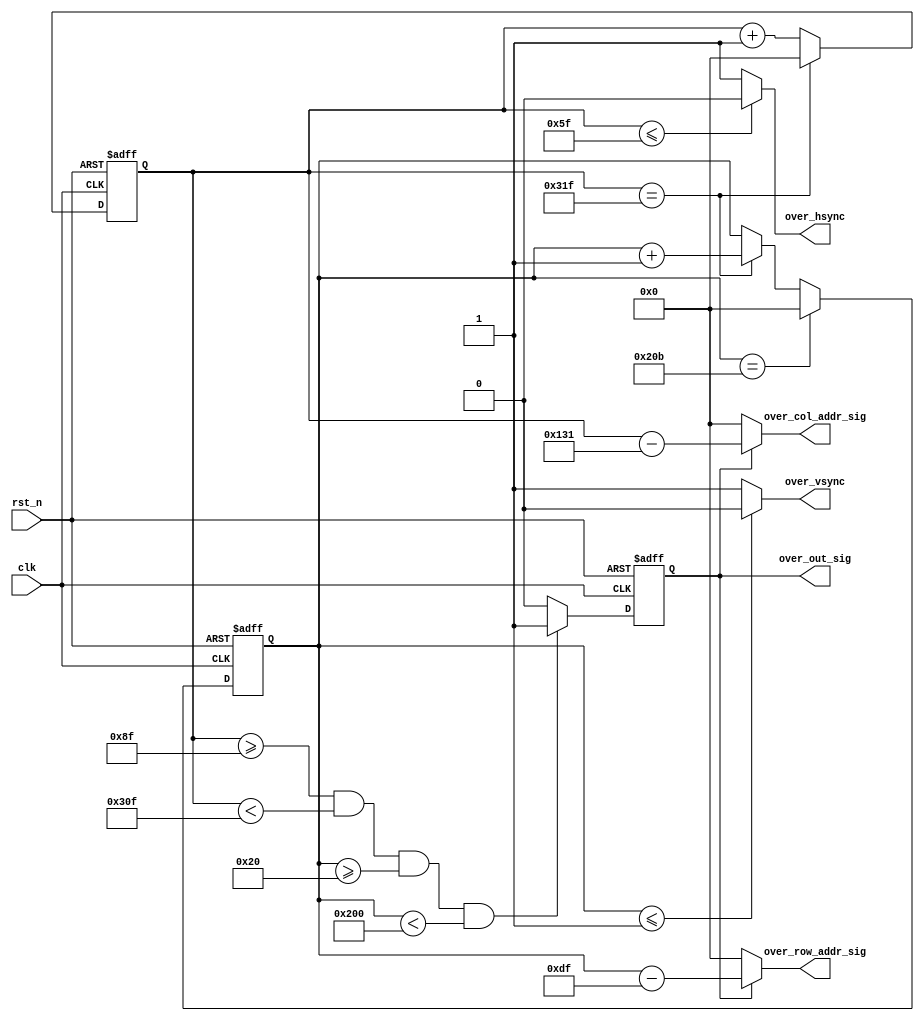
`timescale 1ns / 1ps
//////////////////////////////////////////////////////////////////////////////////
// Company: 
// Engineer: 
// 
// Design Name: 
// Module Name:    over_sync_module 
// Project Name: 
// Target Devices: 
// Tool versions: 
// Description: 
//
// Dependencies: 
//
// Revision: 
// Revision 0.01 - File Created
// Additional Comments: 
//
//////////////////////////////////////////////////////////////////////////////////
module over_sync_module
 (clk, rst_n, over_col_addr_sig, over_row_addr_sig, over_hsync, over_vsync, over_out_sig
 );
 input clk;
 input rst_n;
 output[10:0] over_col_addr_sig;
 output[10:0] over_row_addr_sig;
 output over_hsync;
 output over_vsync;
 output over_out_sig;
 
 /**************************************************/
 
 reg[10:0] cnt_h;
 
 always @ ( posedge clk or negedge rst_n )
   begin
     if( !rst_n )
        cnt_h <= 11'd0;
     else if( cnt_h == 11'd799 )
        cnt_h <= 11'd0;
     else cnt_h <= cnt_h + 1'b1;
   end
   
 /**************************************************/   
         
 reg[10:0] cnt_v;
 
 always @ ( posedge clk or negedge rst_n )
   begin  
     if( !rst_n )
       cnt_v <= 11'd0;
     else if( cnt_v == 11'd523 )
       cnt_v <= 11'd0;
     else if( cnt_h == 11'd799 )
       cnt_v <= cnt_v + 1'b1;
   end 
   
 /**************************************************/
 
 reg isready;
 
 always @ ( posedge clk or negedge rst_n )
   begin
     if( !rst_n )
        isready <= 1'b0;
     else if(cnt_h >= 11'd143 && cnt_h < 11'd783 && cnt_v >= 11'd32 && cnt_v < 11'd512 )
        isready <= 1'b1;
     else isready <= 1'b0;
   end
   
 /**************************************************/
 
 assign over_hsync = ( cnt_h <= 11'd95) ? 1'b0 : 1'b1;
 assign over_vsync = ( cnt_v <= 11'd1 ) ? 1'b0 : 1'b1;
 assign over_col_addr_sig = isready ? ( cnt_h - 11'd305) : 11'd0;
 assign over_row_addr_sig = isready ? ( cnt_v - 11'd223 ) : 11'd0;
 assign over_out_sig = isready;
 
 /**************************************************/
 
 endmodule